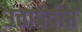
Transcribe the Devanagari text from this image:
उत्तापदीप्त